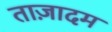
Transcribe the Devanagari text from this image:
ताज़ादम